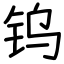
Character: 钨